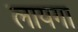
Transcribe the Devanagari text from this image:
लायगा